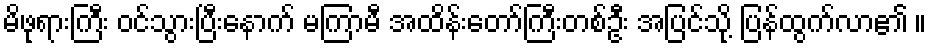
မိဖုရားကြီး ဝင်သွားပြီးနောက် မကြာမီ အထိန်းတော်ကြီးတစ်ဦး အပြင်သို့ ပြန်ထွက်လာ၏ ။